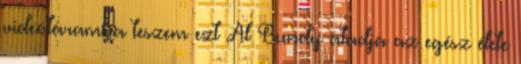
videótáramba teszem ezt Al Bundy átadja az egész élete